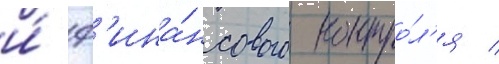
и́ ф'ина́нсового контро́л'я /